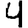
Digit: 4